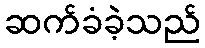
ဆက်ခံခဲ့သည်